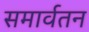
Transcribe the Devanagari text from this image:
समार्वतन